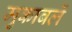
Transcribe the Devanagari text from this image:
मुकाबलें